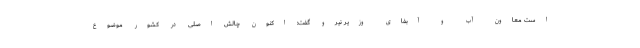
است معاون آب و آبفای وزیر نیرو گفت: اکنون چالش اصلی در کشور موضوع